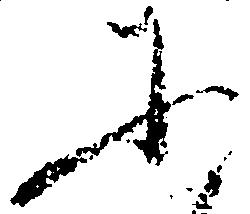
に